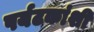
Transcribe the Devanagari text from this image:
पर्यटकांशी